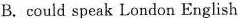
B. could speak London English